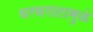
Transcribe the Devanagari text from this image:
थरथराटामुळे